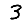
Digit: 3